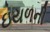
ઇયળની